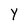
Character: Y